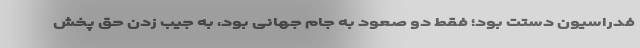
فدراسیون دستت بود؛ فقط دو صعود به جام جهانی بود، به جیب زدن حق پخش